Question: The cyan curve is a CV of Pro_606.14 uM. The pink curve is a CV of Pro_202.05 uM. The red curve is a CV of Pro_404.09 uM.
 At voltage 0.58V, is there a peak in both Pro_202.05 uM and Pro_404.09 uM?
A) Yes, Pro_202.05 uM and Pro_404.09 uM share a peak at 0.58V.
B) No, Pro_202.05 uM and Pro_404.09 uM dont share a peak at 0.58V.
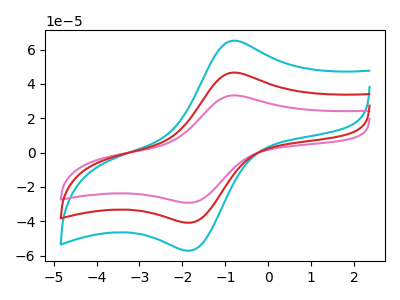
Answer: <think>The cyan curve "Pro_606.14 uM" has an anodic peak at (-0.80V, 93.30uA) and a cathodic peak at (-1.85V, -81.80uA). The pink curve "Pro_202.05 uM" has an anodic peak at (-0.80V, 33.35uA) and a cathodic peak at (-1.85V, -29.25uA). The red curve "Pro_404.09 uM" has an anodic peak at (-0.80V, 46.65uA) and a cathodic peak at (-1.85V, -40.90uA).</think>
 <answer>B) No, "Pro_202.05 uM" and "Pro_404.09 uM" dont share a peak at 0.58V.</answer>
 <eval>B</eval>